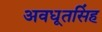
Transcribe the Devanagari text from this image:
अवधूतसिंह